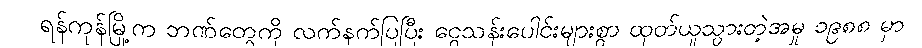
ရန်ကုန်မြို့က ဘဏ်တွေကို လက်နက်ပြပြီး ငွေသန်းပေါင်းများစွာ ထုတ်ယူသွားတဲ့အမှု ၁၉၈၈ မှာ